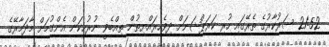
21:52 ސަރުކާރުގެ ތެރޭގައި ހުރި ކަރަޕްޝަނަށް ދިވެހިރައްޔިތުން ތިއްބެވީ ނުރުހިކަން އެންގުމަށް މާދަމާރޭގެ